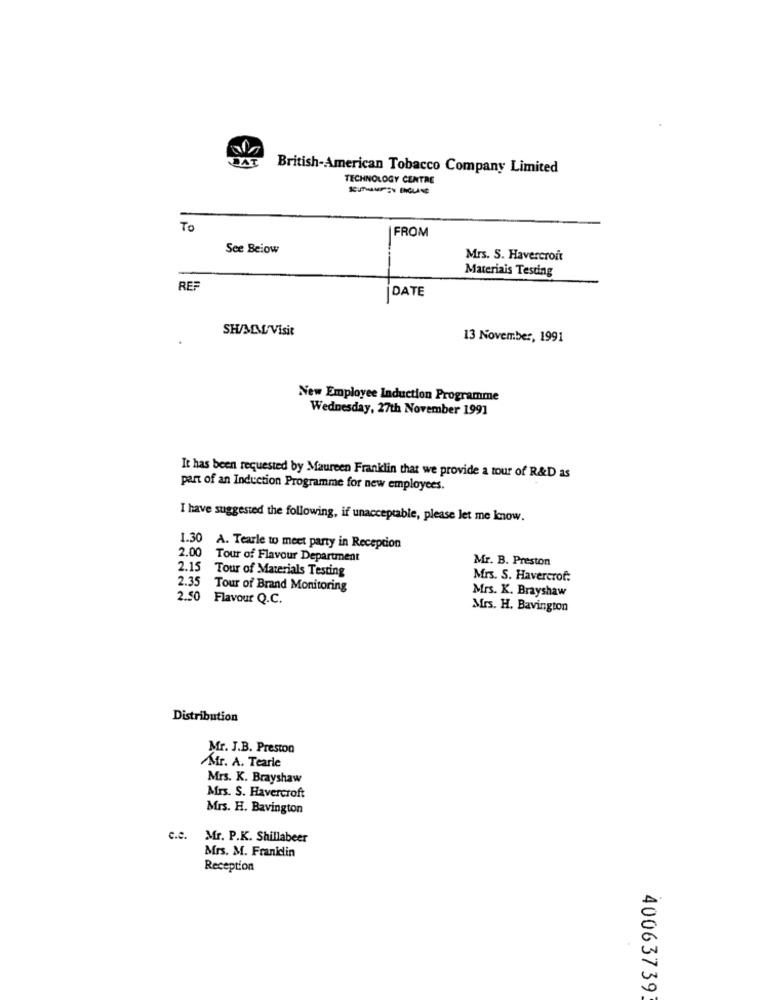
DAT
British-American Tobacco Company Limited
TECHNOLOGY CENTRE
To
FROM
See Below
Mrs. S. Havercroit
Materiais Testing
REF
İDATE
SH/MM/Visit
13 November, 1991
New Employee Induction Programme
Wednesday, 27th November 1991
It has been requested by Maureen Franklin that we provide a tour of R&D as
part of an Induction Programme for new employees.
I have suggested the following, if unacceptable, please let me know.
1.30
A. Tearle to meet party in Reception
2.00 Tour of Flavour Department
Mr. B. Preston
2.15 Tour of Materials Testing
Mrs. S. Havercrof:
2.35 Tour of Brand Monitoring
Mrs. K. Brayshaw
2.50 Flavour Q.C.
Mrs. H. Bavington
Distribution
Mr. J.B. Preston
Mr. A. Tearle
Mrs. K. Brayshaw
Mrs. S. Havercroft
Mrs. H. Bavington
c.c.
Mr. P.K. Shillabeer
Mrs. M. Franklin
Reception
40063739